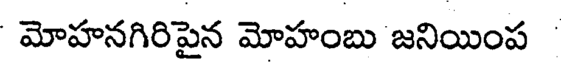
మోహనగిరిపైన మోహంబు జనియింప